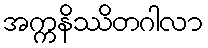
အက္ကနိဿိတဂါလာ